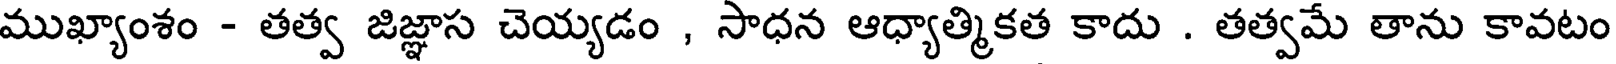
ముఖ్యాంశం - తత్వ జిజ్ఞాస చెయ్యడం , సాధన ఆధ్యాత్మికత కాదు . తత్వమే తాను కావటం